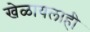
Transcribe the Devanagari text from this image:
खेळायलाही